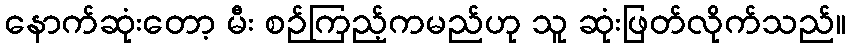
နောက်ဆုံးတော့ မီး စဉ်ကြည့်ကမည်ဟု သူ ဆုံးဖြတ်လိုက်သည်။